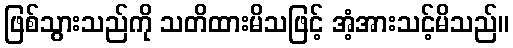
ဖြစ်သွားသည်ကို သတိထားမိသဖြင့် အံ့အားသင့်မိသည်။